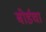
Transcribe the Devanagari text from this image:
बोर्डचा